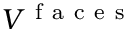
V ^ { \mathrm { ~ f ~ a ~ c ~ e ~ s ~ } }